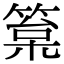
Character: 䈢